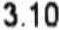
3.10